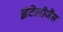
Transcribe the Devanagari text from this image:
इंटेलीजैंस